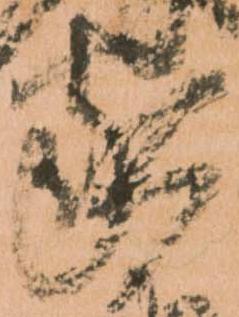
家